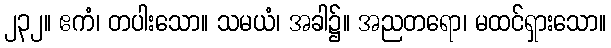
၂၃၂။ ဧကံ၊ တပါးသော။ သမယံ၊ အခါ၌။ အညတရော၊ မထင်ရှားသော။